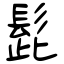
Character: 髭